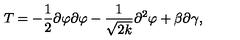
T = - \frac { 1 } { 2 } \partial \varphi \partial \varphi - \frac { 1 } { \sqrt { 2 k } } \partial ^ { 2 } \varphi + \beta \partial \gamma ,